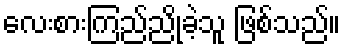
လေးစားကြည်ညိုခဲ့သူ ဖြစ်သည်။